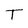
Character: T